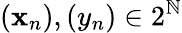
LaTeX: (\mathbf{x}_{n}),(y_{n})\in2^{\mathbb{{N}}}